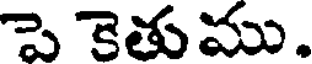
పె కెతు ము.